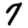
Digit: 7